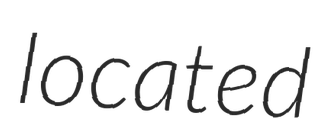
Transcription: located